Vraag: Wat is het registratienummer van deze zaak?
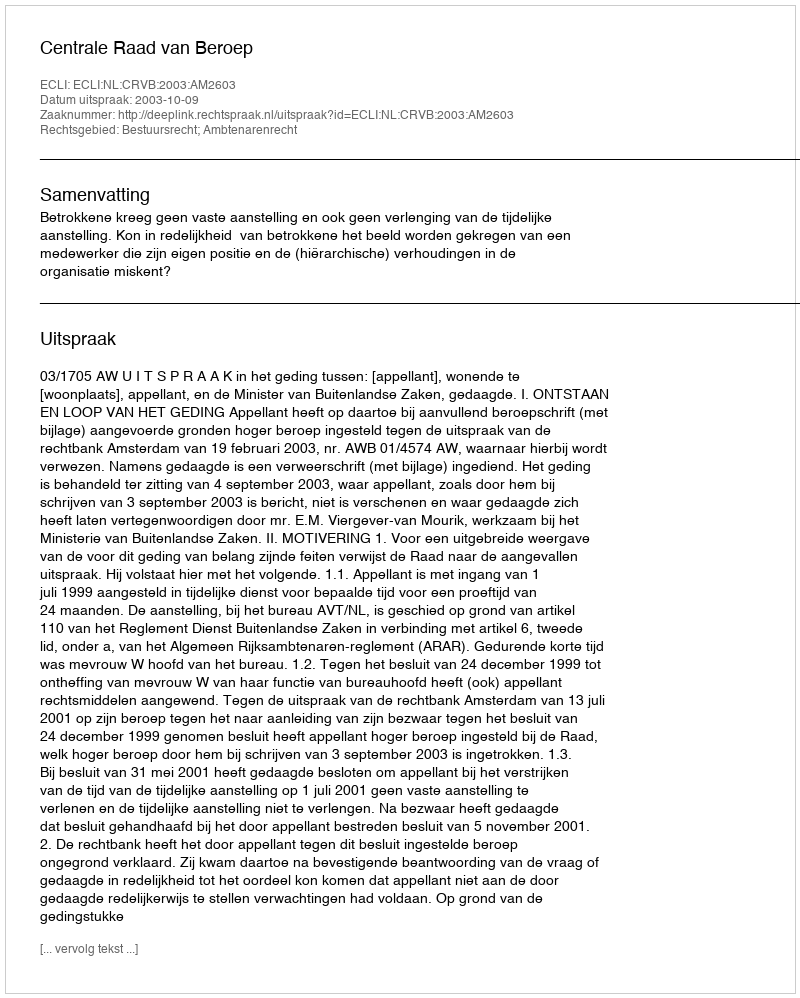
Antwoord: http://deeplink.rechtspraak.nl/uitspraak?id=ECLI:NL:CRVB:2003:AM2603